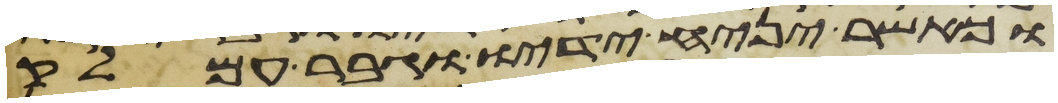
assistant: וכאשר יניח ידיו וגבר עמלק